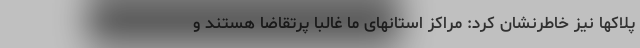
پلاکها نیز خاطرنشان کرد: مراکز استانهای ما غالباً پرتقاضا هستند و